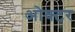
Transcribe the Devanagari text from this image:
ओक्टर